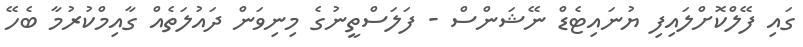
ގައި ފޭލްކޮށްލައިފި ޔުނައިޓެޑް ނޭޝަންސް - ފަލަސްތީނުގެ މިނިވަން ދައުލަތެއް ގާއިމްކުރުމާ ބެހޭ